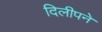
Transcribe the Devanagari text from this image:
दिलीपने